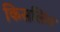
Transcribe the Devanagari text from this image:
किसलिंग